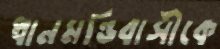
ধানমন্ডিবাসীকে